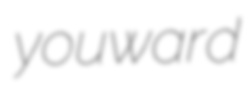
youward